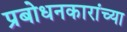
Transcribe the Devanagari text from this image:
प्रबोधनकारांच्या